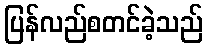
ပြန်လည်စတင်ခဲ့သည်